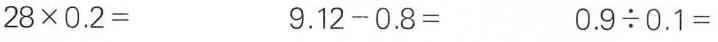
$$2 8 \times 0 . 2 =$$ $$9 . 1 2 - 0 . 8 =$$ $$0 . 9 {\div} 0 . 1 =$$